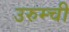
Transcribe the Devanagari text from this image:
उरुम्ची